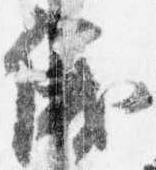
儀